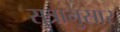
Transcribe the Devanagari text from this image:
सुत्रानुसार